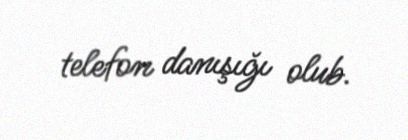
telefon danışığı olub.